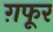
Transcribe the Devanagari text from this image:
ग़फूर